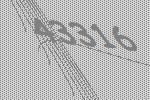
43316